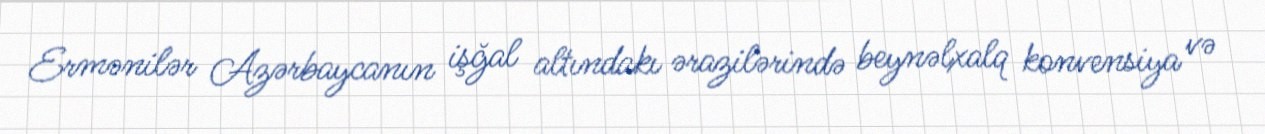
Ermənilər Azərbaycanın işğal altındakı ərazilərində beynəlxalq konvensiya və